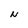
Character: N